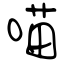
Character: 喵